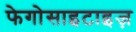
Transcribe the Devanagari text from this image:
फेगोसाइटाइज़